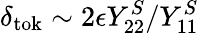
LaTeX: \delta_{\mathrm{tok}}\sim 2\epsilon Y_{22}^{S}/Y_{11}^{S}